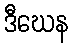
ဒီဃေန